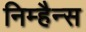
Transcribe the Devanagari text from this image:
निम्हैन्स